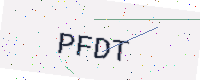
Text: PFDT